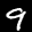
Label: 9